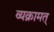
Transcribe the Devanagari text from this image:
व्यक्रामत्